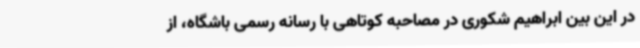
در این بین ابراهیم شکوری در مصاحبه کوتاهی با رسانه رسمی باشگاه، از